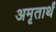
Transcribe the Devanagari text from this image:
अमृतार्थं